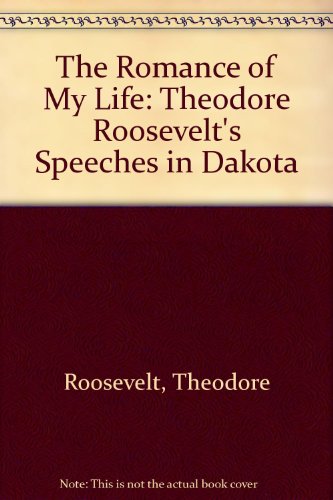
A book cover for The Romance of My Life: Theodore Roosevelt's Speeches in Dakota; Theodore Roosevelt; Travel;